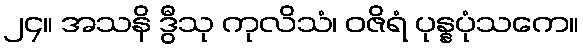
၂၄။ အသနိ ဒွီသု ကုလိသံ၊ ဝဇိရံ ပုန္နပုံသကေ။